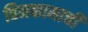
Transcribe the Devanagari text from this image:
बिनकामाची